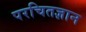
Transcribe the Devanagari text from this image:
परचितज्ञान